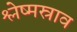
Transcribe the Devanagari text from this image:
श्लेष्मस्राव